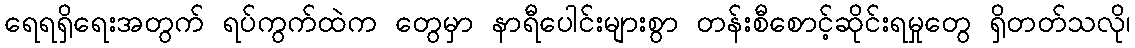
ရေရရှိရေးအတွက် ရပ်ကွက်ထဲက တွေမှာ နာရီပေါင်းများစွာ တန်းစီစောင့်ဆိုင်းရမှုတွေ ရှိတတ်သလို၊